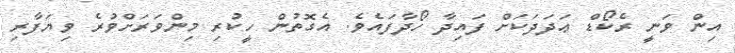
އިން ވަނީ ރެކޯޑް ޢަދަދަކަށް ފައިދާ ހޯދާފައެވެ. އެގޮތުން ހީކުރި މިންވަރަށްވުރެ ވިޔަފާރި